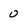
Character: o